Annual report of the Imperial Bacteriologist
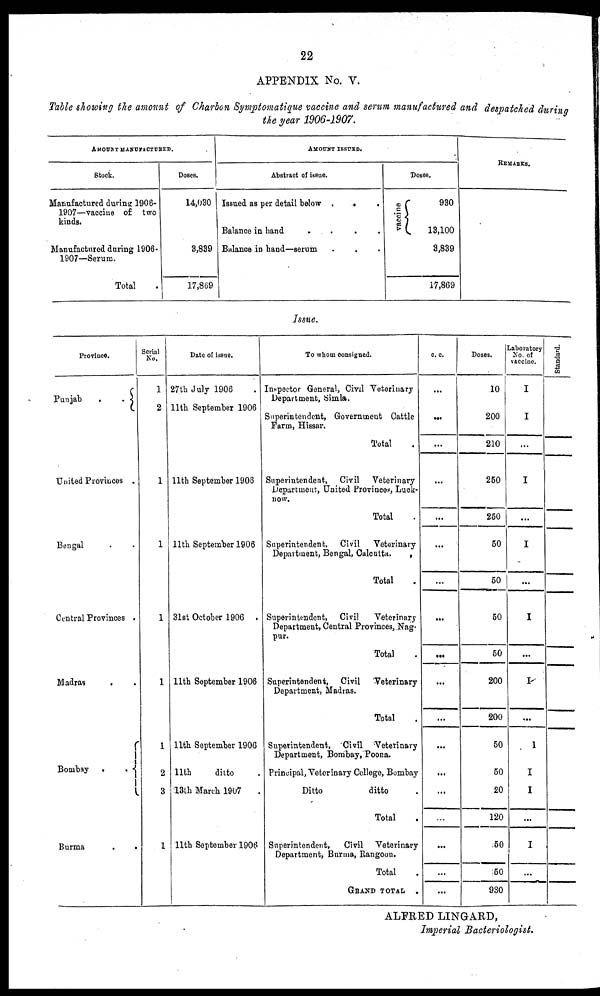
22
APPENDIX No. V.
Table showing the amount of Charbon Symptomatique vaccine and serum manufactured and despatched during
the year 1906-1907.
AMOUNT MANUFACTURED.
Stock.
Manufactured during 1906-
1907—vaccine of two
kinds.
Manufactured during 1906-
1907—Serum.
Total .
Doses.
14,030
3,839
17,869
AMOUNT ISSUED
Abstract of issue.
Issued as per detail below .
.
.
Balance in hand . . . .
Balance in hand—serum . . .
Doses.
930
vaccine{
13,100 3,839
17,869
REMARKS
Issue.
Province.
Punjab . .{
United Provinces .
Bengal . .
Central Provinces .
Madras . .
Bombay . . {
Burma . .
Serial
No.
1
2
1
1
1
1
1
2
3
1
Date of issue.
27th July 1906 .
11th September 1906
11th September 1906
11th September 1906
31st October 1906 .
11th September 1906
11th September 1906
11th
ditto .
13th March 1907 .
11th September 1906
To whom consigned.
Inspector General, Civil Veterinary
Department, Simla.
Superintendent, Government Cattle
Farm, Hissar.
Total .
Superintendent, Civil Veterinary
Department, United Provinces, Luck-
now.
Total .
Superintendent, Civil Veterinary
Department, Bengal, Calcutta.
.
Total .
Superintendent, Civil
Veterinary
Department, Central Provinces, Nag¬
pur.
Total .
Superintendent, Civil Veterinary
Department, Madras.
Total .
Superintendent, Civil Veterinary
Department, Bombay, Poona.
Principal, Veterinary College, Bombay
Ditto
ditto .
Total .
Superintendent, Civil Veterinary
Department, Burma, Rangoon.
Total .
GRAND TOTAL .
c.c.
...
...
...
...
...
...
...
...
...
...
...
...
...
...
...
...
...
...
Doses.
10
200
210
250
250
50
50
50
50
200
200
50
50
20
120
50
50
930
Laboratory
No. of
vaccine.
I
I
...
I
...
I
...
I
...
I
...
I
I
I
...
I
...
Standard.
ALFRED LINGARD,
Imperial Bacteriologist.